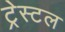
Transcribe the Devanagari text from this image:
ट्रेस्टल